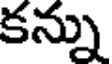
కన్ను